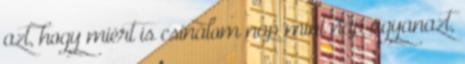
azt, hogy miért is csinálom nap mint nap ugyanazt,